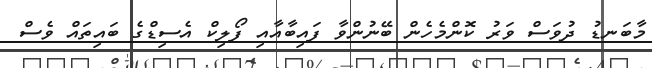
މާބަނޑު ދުވަސް ވަރު ކޮންމެހެން ބޭނުންވާ ފައިބާއާއި ފޯލިކް އެސިޑްގެ ބައިތައް ވެސް